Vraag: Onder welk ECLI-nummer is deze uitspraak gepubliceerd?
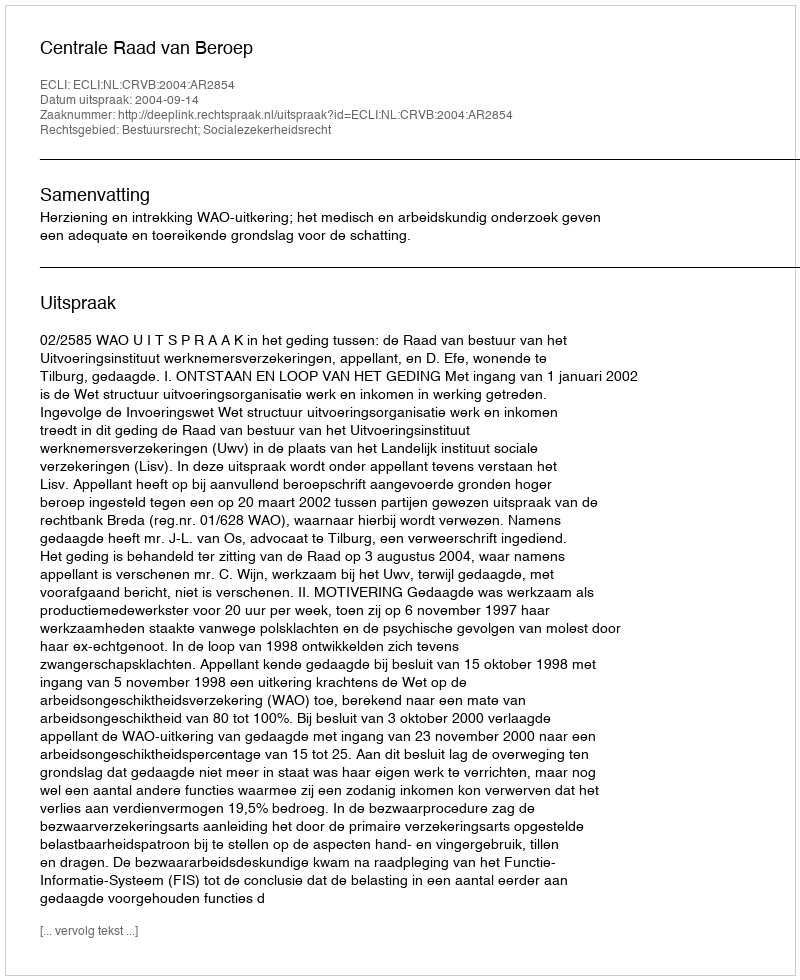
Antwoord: ECLI:NL:CRVB:2004:AR2854